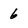
Character: 6